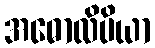
အဓောလိပိယာ